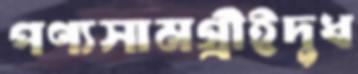
পণ্যসামগ্রীইদুধ